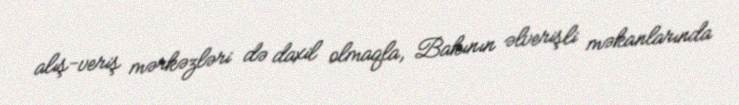
alış-veriş mərkəzləri də daxil olmaqla, Bakının əlverişli məkanlarında